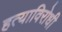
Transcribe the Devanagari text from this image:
हत्याविरोधी